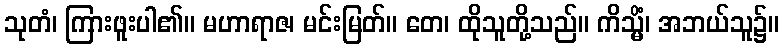
သုတံ၊ ကြားဖူးပါ၏။ မဟာရာဇ၊ မင်းမြတ်။ တေ၊ ထိုသူတို့သည်။ ကိသ္မိံ၊ အဘယ်သူ၌။